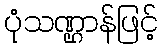
ပုံသဏ္ဌာန်ဖြင့်